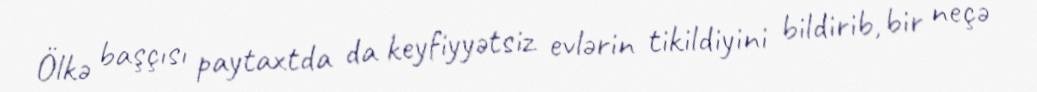
Ölkə başçısı paytaxtda da keyfiyyətsiz evlərin tikildiyini bildirib, bir neçə